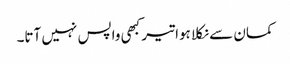
کمان سے نکلا ہوا تیر کبھی واپس نہیں آتا۔